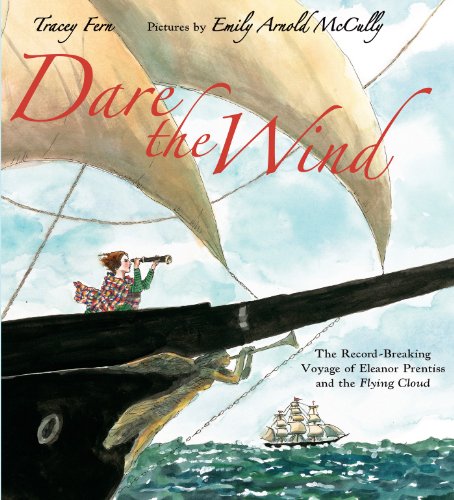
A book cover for Dare the Wind: The Record-breaking Voyage of Eleanor Prentiss and the Flying Cloud; Tracey Fern; Children's Books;